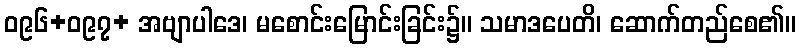
ဝ၉၆+ဝ၉၇+ အဗျာပါဒေ၊ မစောင်းမြောင်းခြင်း၌။ သမာဒပေတိ၊ ဆောက်တည်စေ၏။